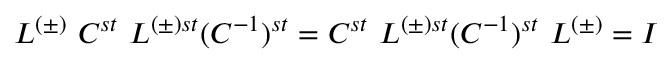
L ^ { ( \pm ) } \ C ^ { s t } \ L ^ { ( \pm ) s t } ( C ^ { - 1 } ) ^ { s t } = C ^ { s t } \ L ^ { ( \pm ) s t } ( C ^ { - 1 } ) ^ { s t } \ L ^ { ( \pm ) } = I